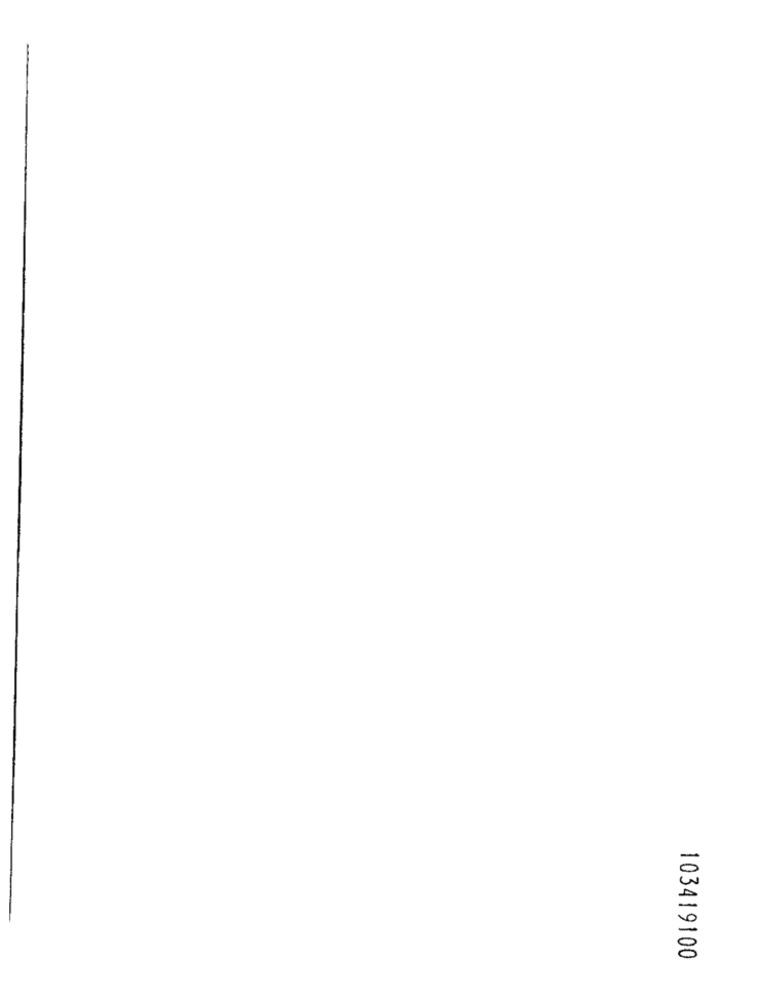
103419100